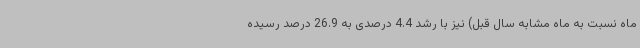
ماه نسبت به ماه مشابه سال قبل) نیز با رشد 4.4 درصدی به 26.9 درصد رسیده